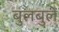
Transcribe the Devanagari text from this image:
बुलबुलें